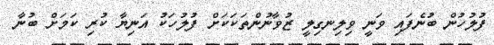
ފުލުހުން ބުނެފައި ވަނީ ވިލިނގިލީ ޒުވާނުންތަކަކަށް ފުލުހަކު އަނިޔާ ކުރި ކަމަށް ބުނާ